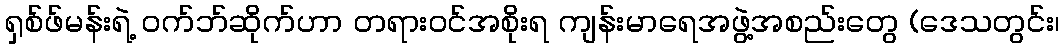
ရှစ်ဖ်မန်းရဲ့ ဝက်ဘ်ဆိုက်ဟာ တရားဝင်အစိုးရ ကျန်းမာရေအဖွဲ့အစည်းတွေ (ဒေသတွင်း၊